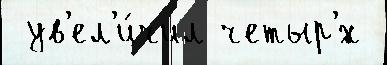
 ув'ел'и́чил четыр'́х